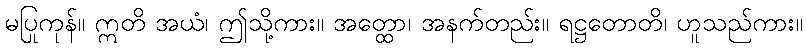
မပြုကုန်။ ဣတိ အယံ၊ ဤသို့ကား။ အတ္ထော၊ အနက်တည်း။ ရဋ္ဌတောတိ၊ ဟူသည်ကား။